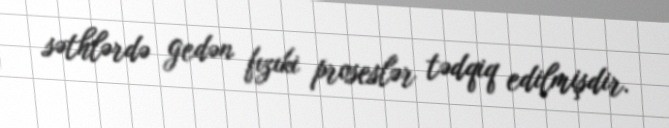
səthlərdə gedən fızıki proseslər tədqiq edilmişdir.